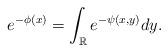
LaTeX: \begin{align*}e^{-\phi(x)} = \int_{\mathbb R} e^{-{\psi}(x,y)} dy.\end{align*}